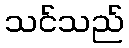
သင်သည်